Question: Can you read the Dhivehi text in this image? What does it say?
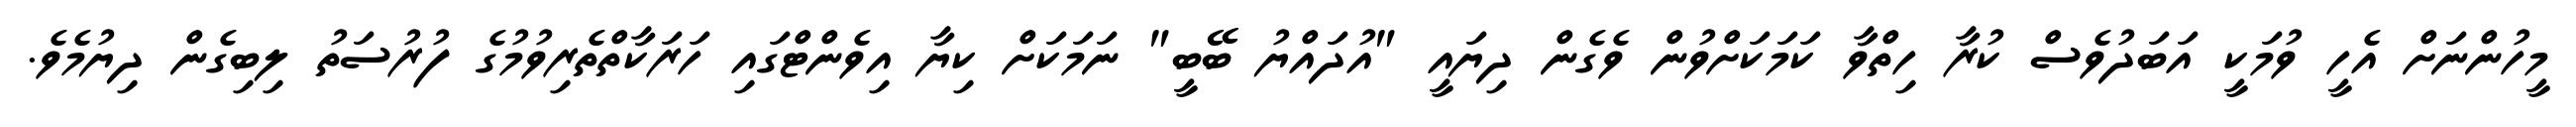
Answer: މީހުންނަށް އެހީ ވުމަކީ އަބަދުވެސް ކުރާ ހިތްވާ ކަމަކަށްވުން ވެގެން ދިޔައީ "އުދައްޔު ބޭބީ" ނަމަކަށް ކިޔާ އިވެންޓްގައި ހަރަކާތްތެރިވުމުގެ ފުރުސަތު ލިބިގެން ދިޔުމެވެ.